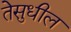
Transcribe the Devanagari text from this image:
तेसुधील